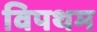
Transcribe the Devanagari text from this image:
विपथम